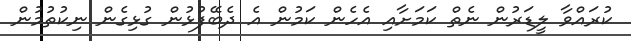
ކުރައްވާ ލީޑަރުން ނެތް ކަމަށާއި އެހެން ކަމުން އެ ދެބޭފުޅުން ގުޅިގެން ނިކުތުމުން